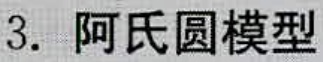
3. 阿氏圆模型